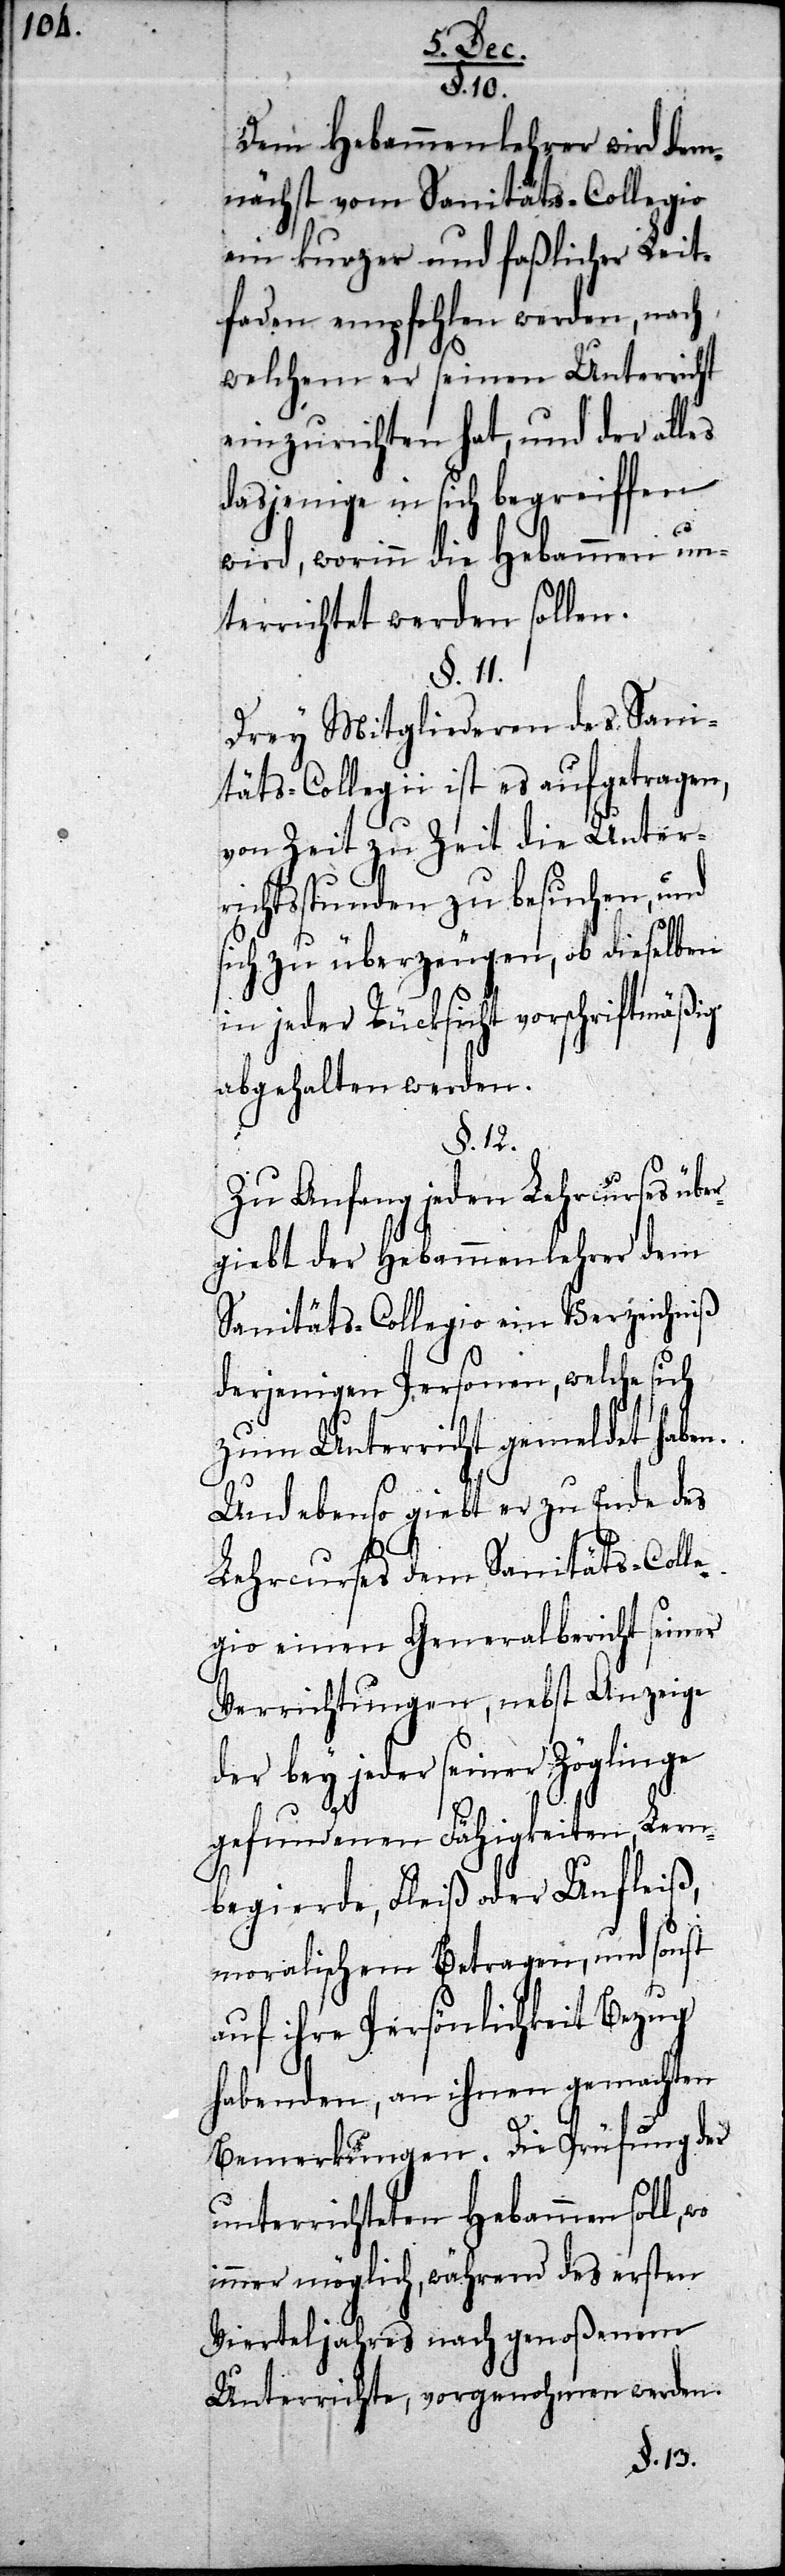
§. 10.
Dem Hebammenlehrer wird dem¬
nächst vom Sanitäts-Collegio
ein kurzer und faßlicher Leit¬
faden empfohlen werden, nach
welchem er seinen Unterricht
einzurichten hat, und der alles
dasjenige in sich begreiffen
wird, worinn die Hebammen un¬
terrichtet werden sollen.
§. 11.
Drey Mitgliederen des Sani¬
täts-Collegii ist es aufgetragen,
von Zeit zu Zeit die Unter¬
richtsstunden zu besuchen, und
sich zu überzeugen, ob dieselben
in jeder Rücksicht vorschriftsmäßig
abgehalten werden.
§. 12.
Zu Anfang jeden Lehrcurses übe¬
rgiebt der Hebammenlehrer dem
Sanitäts-Collegio ein Verzeichniß
derjenigen Personen, welche sich
zum Unterricht gemeldet haben.
Und ebenso giebt er zu Ende des
Lehrcurses dem Sanitäts-Colle¬
gio einen Generalbericht seiner
Verrichtungen, nebst Anzeige
der bey jeder seiner Zöglinge
gefundenen Fähigkeiten, Lern¬
begierde, Fleiß oder Unfleiß,
moralischem Betragen, und sonst
auf ihre Persönlichkeit Bezug
habenden, an ihnen gemachten
Bemerkungen. Die Prüfung der
unterrichteten Hebammen soll,
immer möglich, während des ersten
Vierteljahres nach genoßenem
Unterrichte, vorgenohmen werden.